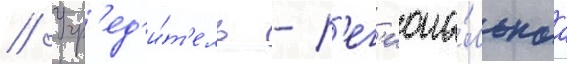
// Учр'ед'и́т'ель - р'ег'иона́льнаа